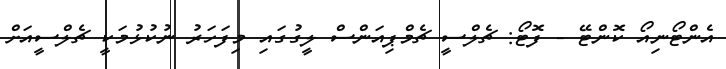
އެންޓޯނިއޯ ކޮންޓޭ - ފޮޓޯ: ޗެލްސީ ޗެމްޕިއަންސް ލީގުގައި މިފަހަރު ނުކުޅުމަކީ ޗެލްސީއަށް